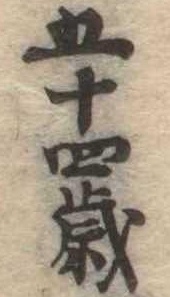
五十四歳